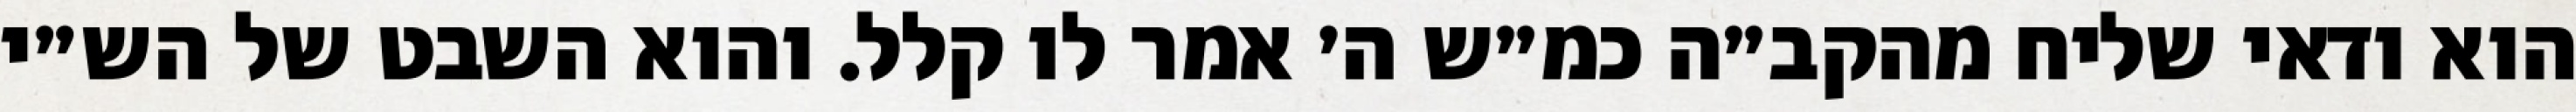
הוא ודאי שליח מהקב״ה כמ״ש ה׳ אמר לו קלל. והוא השבט של הש״י